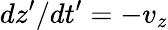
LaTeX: dz^{\prime}/dt^{\prime}=-v_{z}